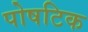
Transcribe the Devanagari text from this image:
पोषटिक